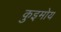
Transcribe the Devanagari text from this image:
कुइमोय